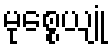
မုစ္စေယျုံ